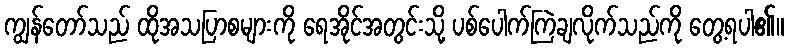
ကျွန်တော်သည် ထိုအသပြာစများကို ရေအိုင်အတွင်းသို့ ပစ်ပေါက်ကြဲချလိုက်သည်ကို တွေ့ရပါ၏။